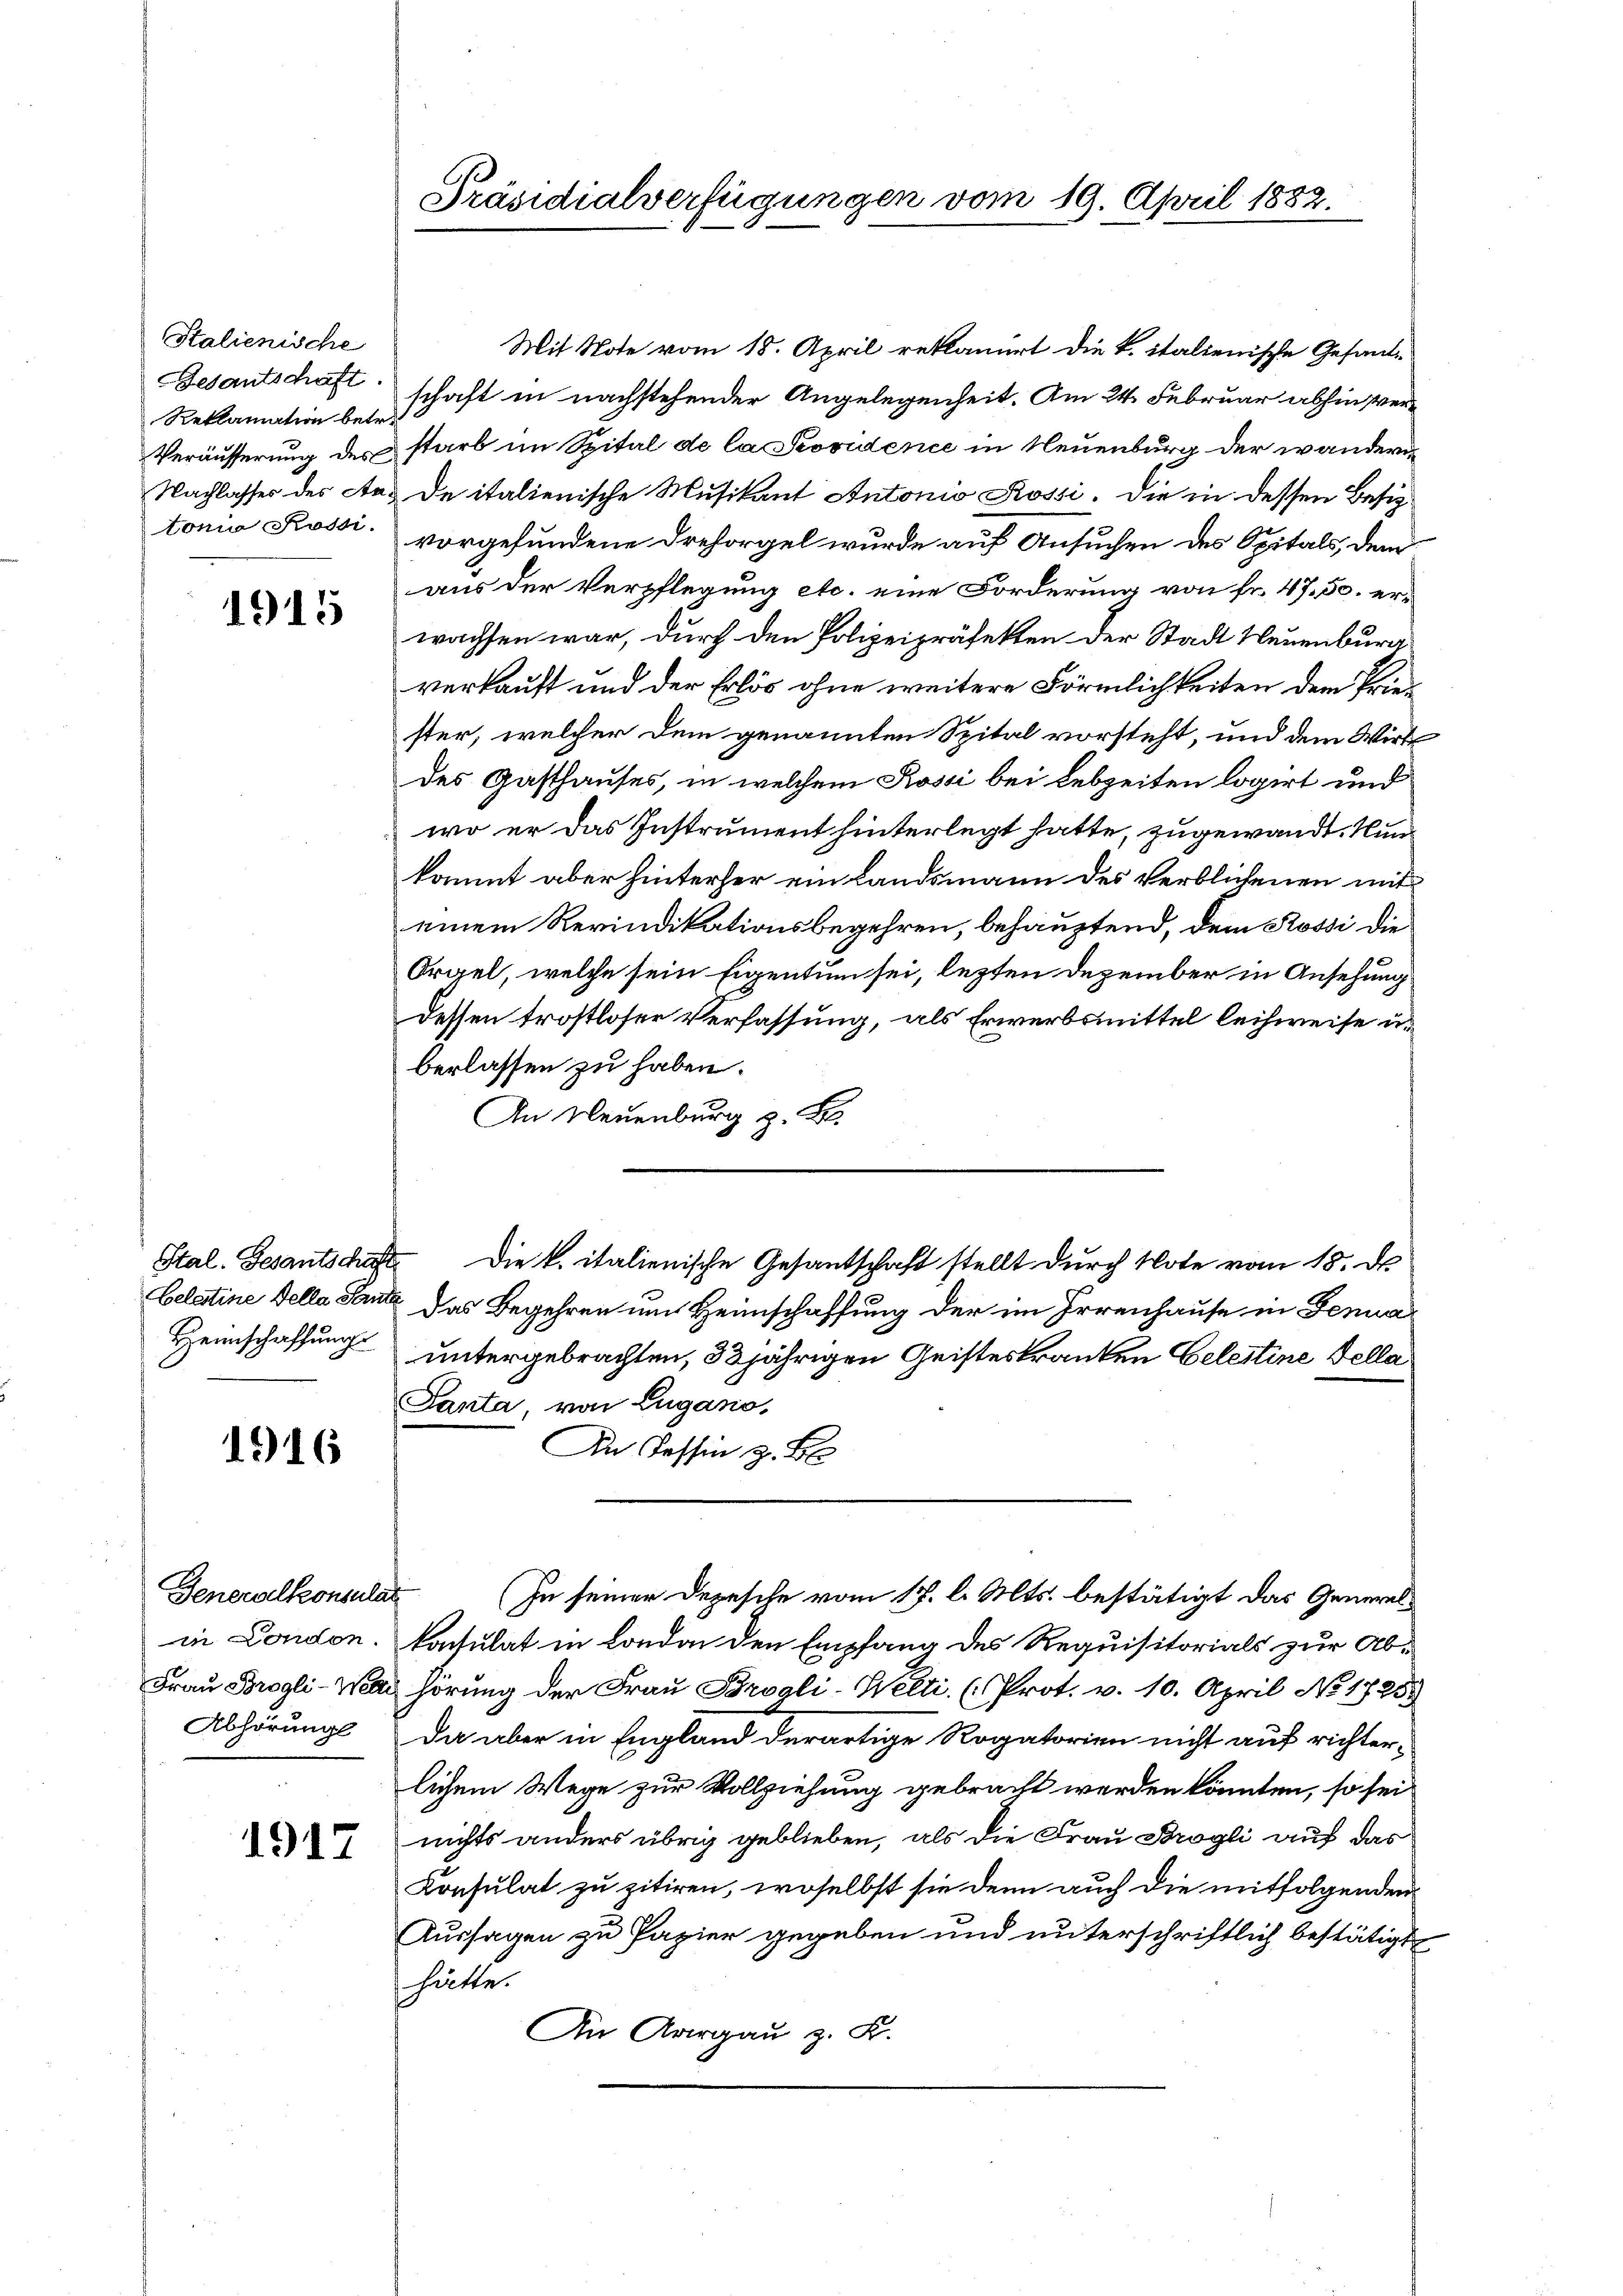
Stalienische
Reklamation betr.

1915

1916

Generalkonsulat
Abhörungs

1917

Mit Note vom 18. April reklamiert die k. italienische Gesand¬
Besantschäft schaft in nachstehender Angelegenheit. Am 24. Februar abhin ver¬
Veräusserung des starb im Spital de la Providence in Neuenburg der wandern
Nachlasses des Aus de italienische Musikant Antonio Rossi. Die in dessen Besiztonia Kossi, vorgefundene Dresorgel wurde auf Ansuchen des Spitals, dem
aus der Verpflegung etc. eine Forderung von fr. 47. 50. erwachsen war, durch den Polizeipräfekten der Stadt Neuenburg
verkauft und der Erlös ohne weitere Förmlichkeiten dem Priester, welcher dem genannten Spital vorsteht, und dem Wirk
des Gasthauses, in welchem Kossi bei Lebzeiten logirt und
wo er das Instrument hinterlegt hatte, zugewandt. Nun
kommt aber hinterher ein Landsmann des Verblichenen mit
einem Revindikationsbegehren, behauptend, dem Rossi die
Orgel, welche sein Eigentum sei, lezten Dezember in Ansehung
dessen trostloser Verfassung, als Erwerbsmittel leihweise u.
berlassen zu haben.
An Neuenburg z. B.
Stal. Gesantschaft die k. italienische Gesantschaft stellt durch Note vom 18. De
Celatine della Tante das Begehren um Heimschaffung der im Irrenhause in Genua
Heimschaffung untergebrachten, 32 jährigen Geisteskranken Celestine Della
Santa, von Lugano,
An Tessin z. B.
(In seiner Depesche vom 17. l. Mts. bestätigt das Generalin London. Nachsulat in London den Empfang des Requisitorials zur Ab¬
Frau Brogli-Wai hörung der Frau Brogli-Welti. (Prot. v. 10. April No 17253
Da aber in England derartige Rogatorien nicht auf richterlichem Wege zur Vollziehung gebracht werden könnten, so sei
nichts anders übrig geblieben, als die Frau Brogli auf das
Konsulat zu zitiren, woselbst sie denn auch die mitfolgenden
Aussagen zu Papier gegeben und unterschriftlich bestätigt
hätte.
An Aargau z. K.

Präsidialverfügungen vom 19. April 1882.